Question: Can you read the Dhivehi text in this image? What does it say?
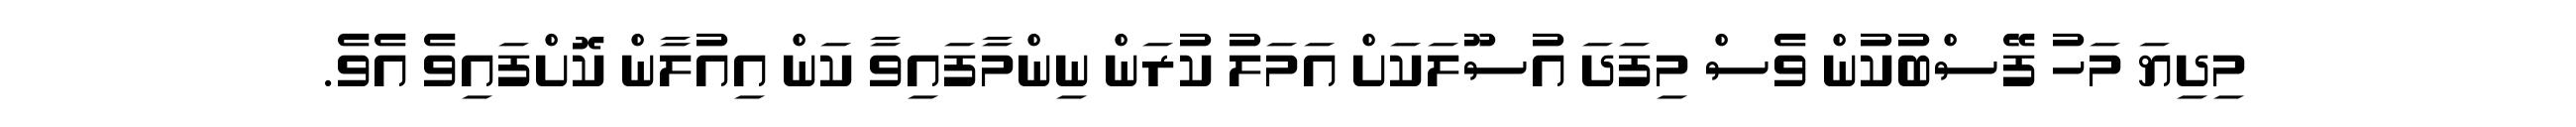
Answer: މިދިޔަ މަހު ފޭސްބުކުން ވެސް މިފަދަ އުސޫލަކަށް އަމަލު ކުރަން ނިންމާފައިވާ ކަން އިއުލާން ކޮށްފައިވެ އެވެ.